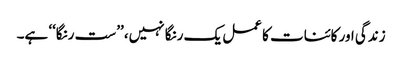
زندگی اور کائنات کا عمل یک رنگا نہیں، ’’ست رنگا‘‘ ہے۔